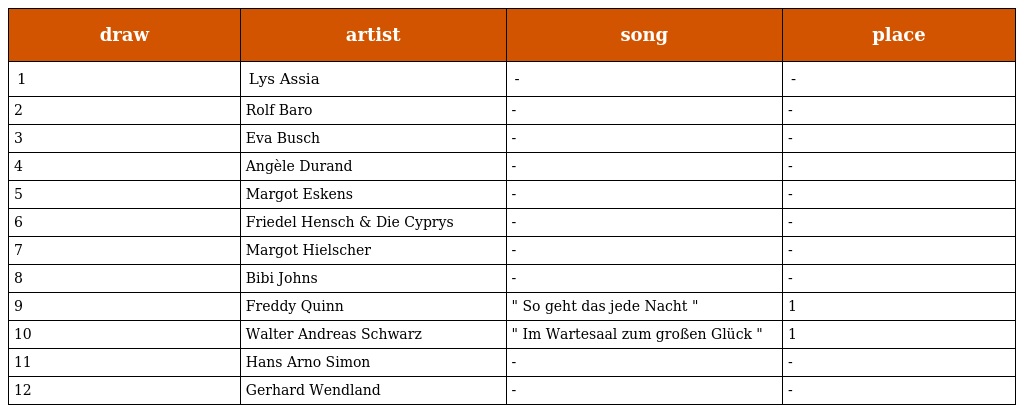
| draw | artist | song | place |
 | --- | --- | --- | --- |
 | 1 | Lys Assia | - | - |
 | 2 | Rolf Baro | - | - |
 | 3 | Eva Busch | - | - |
 | 4 | Angèle Durand | - | - |
 | 5 | Margot Eskens | - | - |
 | 6 | Friedel Hensch & Die Cyprys | - | - |
 | 7 | Margot Hielscher | - | - |
 | 8 | Bibi Johns | - | - |
 | 9 | Freddy Quinn | " So geht das jede Nacht " | 1 |
 | 10 | Walter Andreas Schwarz | " Im Wartesaal zum großen Glück " | 1 |
 | 11 | Hans Arno Simon | - | - |
 | 12 | Gerhard Wendland | - | - |